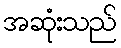
အဆုံးသည်